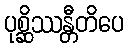
ပုစ္ဆိဿန္တီတိပေ